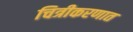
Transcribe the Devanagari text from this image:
चित्रीकरणात